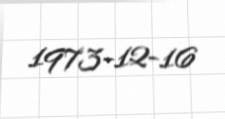
1973-12-16